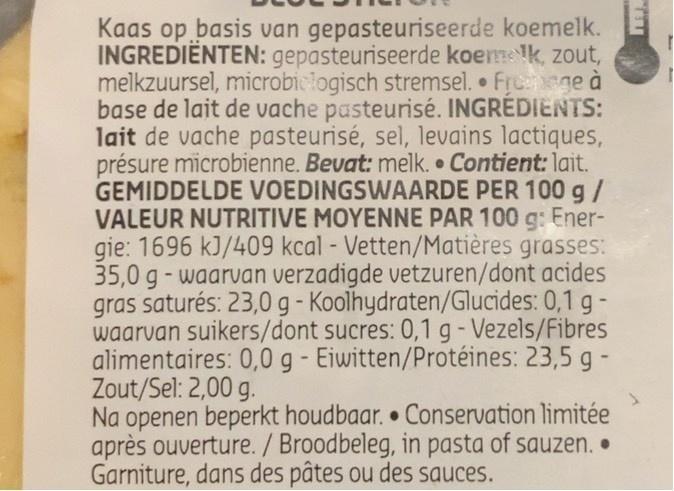
Kaas op basis van gepasteuriseerde koemelk. INGREDIÊNTEN: gepasteuriseerde koemelk, zout, melkzuursel, microbiciogisch stremsel. Freege à base de lait de vache pasteurisé. INGRÉDIENTS: lait de vache pasteurisé, sel, levains lactiques, présure microbienne. Bevat: melk. • Contient: lait. GEMIDDELDE VOEDINGSWAARDE PER 100 g/ VALEUR NUTRITIVE MOYENNE PAR 100 g: Ener- gie: 1696 kJ/409 kcal - Vetten/Matières grasses: 35,0 g - waarvan verzadigde vetzuren/dont acides gras saturés: 23,0 g- Koolhydraten/Glucides: 0,1 g - waarvan suikers/dont sucres: 0,1 g-Vezels/Fibres alimentaires: 0,0 g- Eiwitten/Protéines: 23,5 g - Zout/Sel: 2,00 g. Na openen beperkt houdbaar. ● Conservation limitée après ouverture./ Broodbeleg, in pasta of sauzen. • Garniture, dans des pâtes ou des sauces.